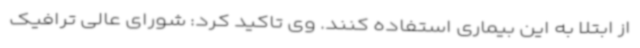
از ابتلا به این بیماری استفاده کنند. وی تاکید کرد: شورای عالی ترافیک